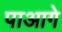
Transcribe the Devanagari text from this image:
पाआगे